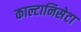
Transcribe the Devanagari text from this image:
काल्टानिसेटा